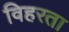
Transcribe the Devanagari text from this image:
विहरता